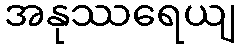
အနုဿရေယျ